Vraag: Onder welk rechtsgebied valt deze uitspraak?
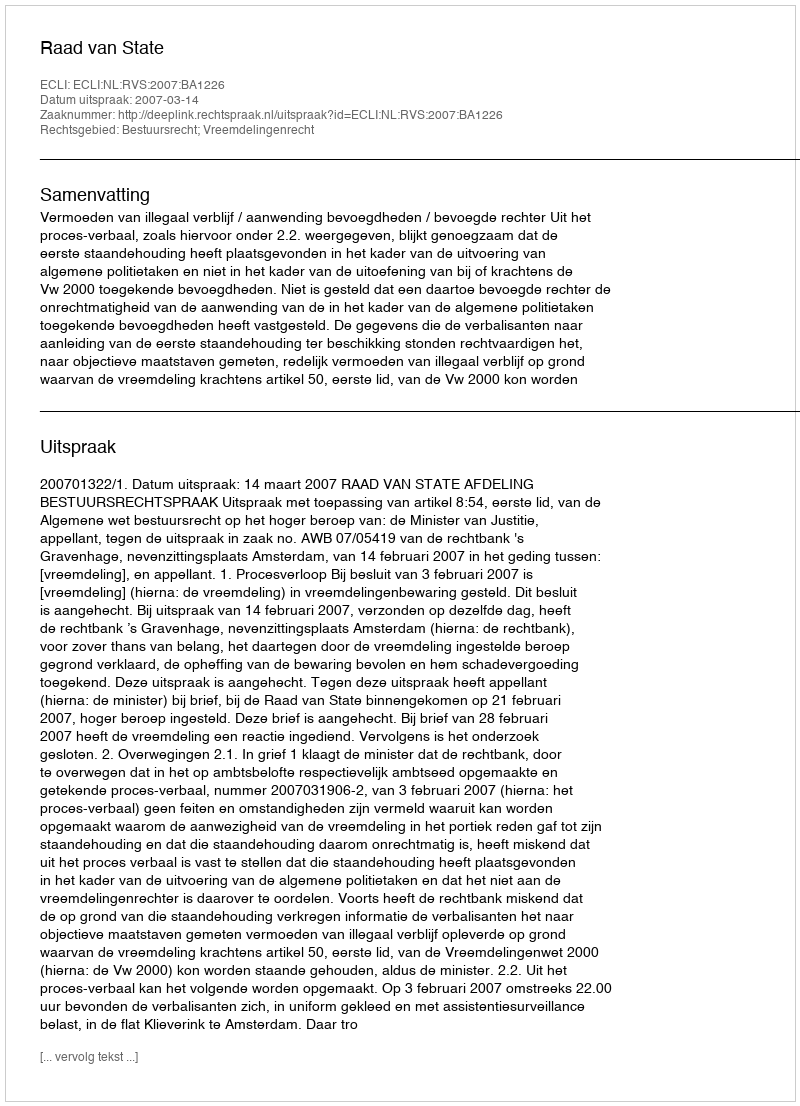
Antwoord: Bestuursrecht; Vreemdelingenrecht